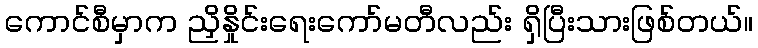
ကောင်စီမှာက ညှိနှိုင်းရေးကော်မတီလည်း ရှိပြီးသားဖြစ်တယ်။